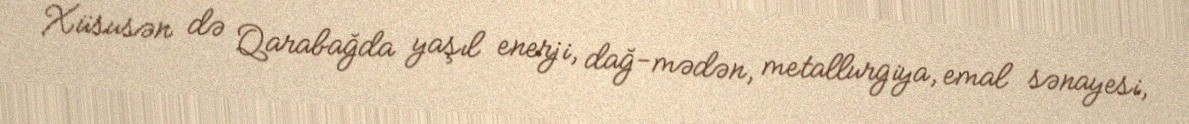
Xüsusən də Qarabağda yaşıl enerji, dağ-mədən, metallurgiya, emal sənayesi,